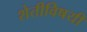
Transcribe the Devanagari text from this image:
शेतीविषयी